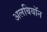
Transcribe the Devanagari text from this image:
अलबियॉन